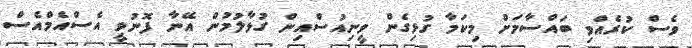
ވެސް ކުރެއްވި ބައްސާމަށް މިކަމާ ގުޅިގެން ވީނިއުސްއިން ގުޅާލުމުން އޭނާ ފޮނުވީ އެސްއެމްއެސް